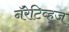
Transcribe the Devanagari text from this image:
नॅरेटिव्ह्‌ज